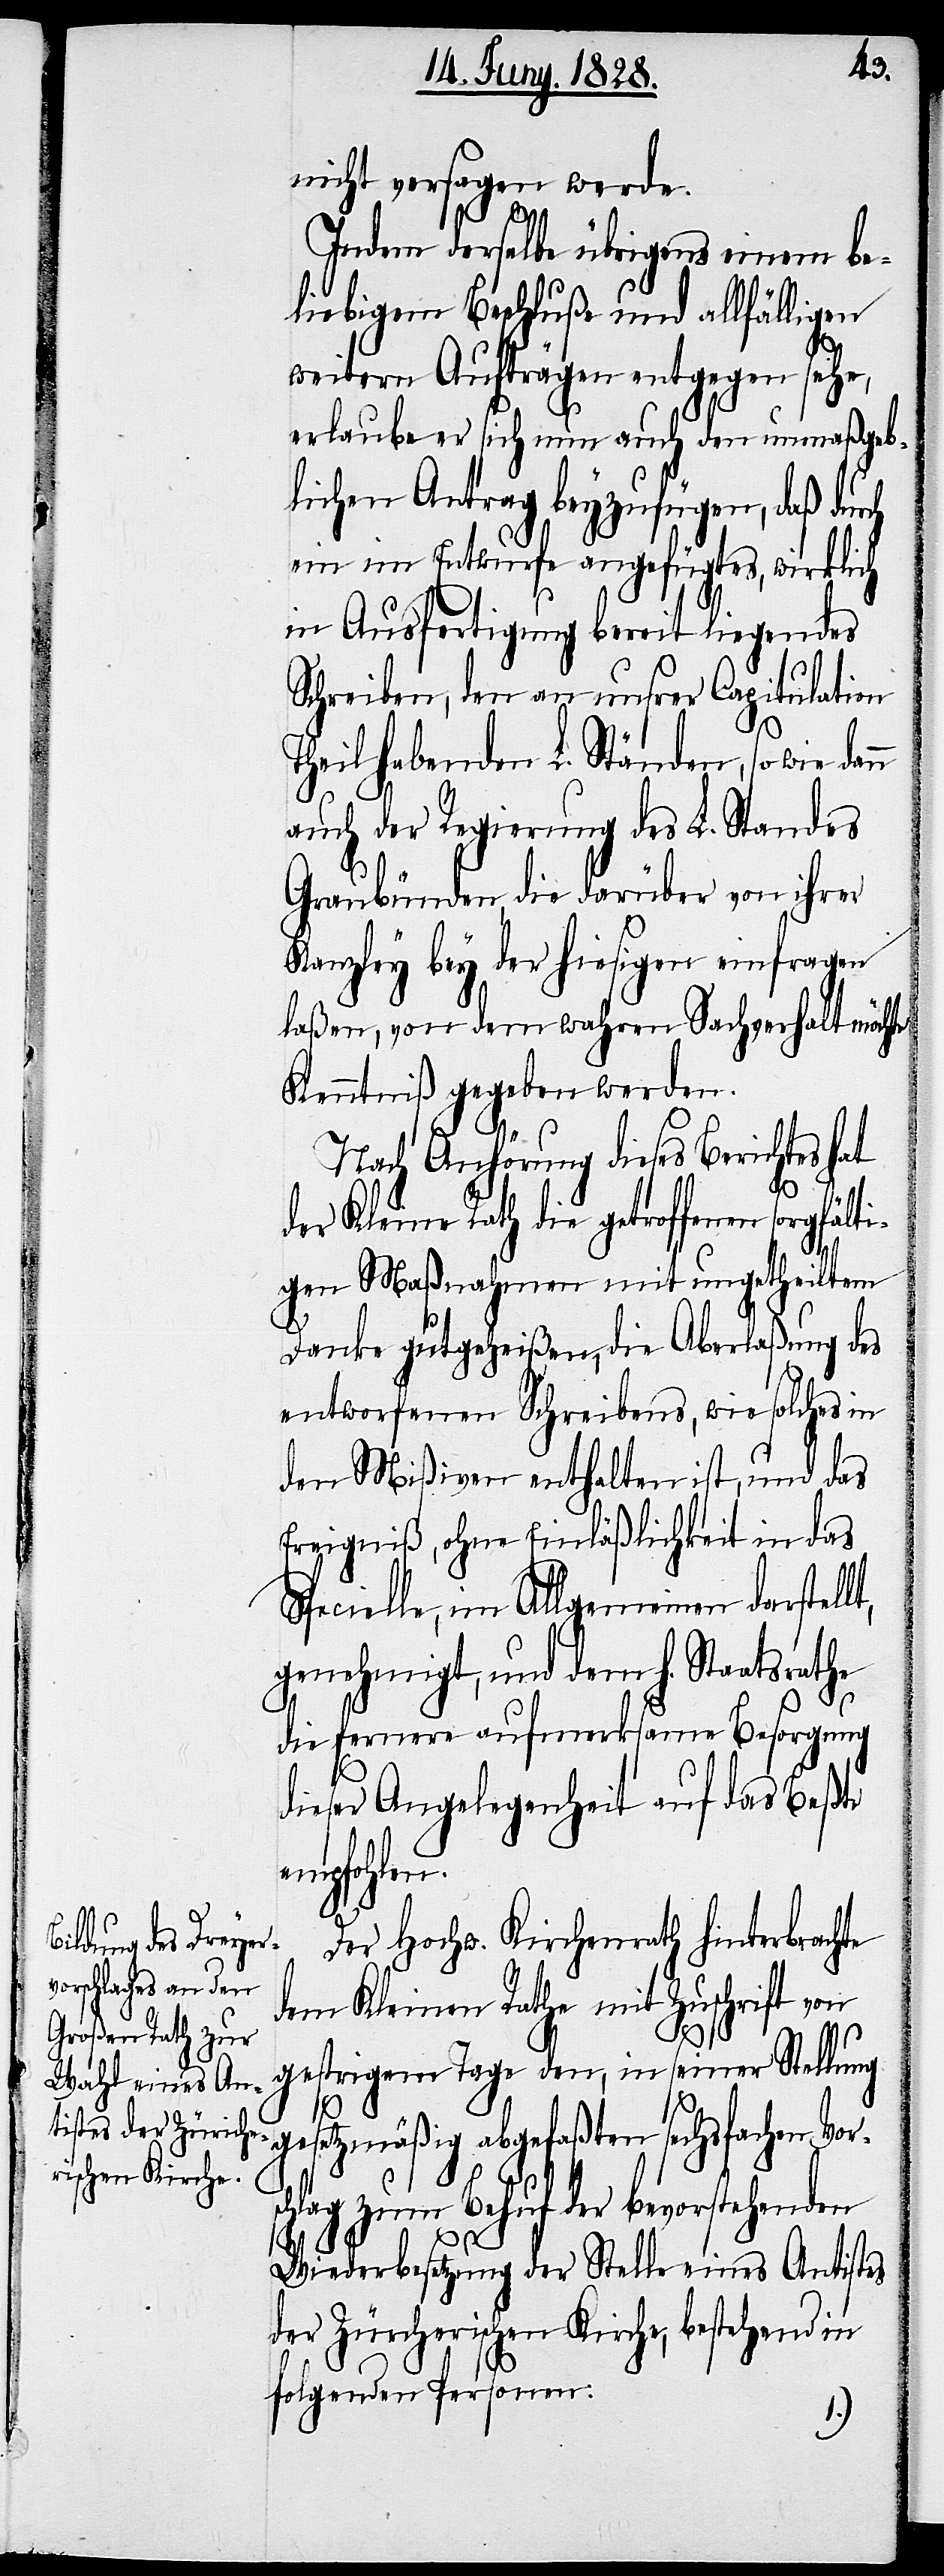
nicht versagen werde.
Indem derselbe übrigens einem be¬
liebigem Beschluße und allfälligen
weitern Aufträgen entgegen sehe,
erlaube er sich nun auch den unmaßgeb¬
lichen Antrag beyzufügen, daß dur¬
ein im Entwurfe angefügtes, wirklich
in Ausfertigung bereit liegendes
Schreiben, den an unsrer Capitulation
Theilhabenden L. Ständen, so wie dan¬
n
auch der Regierung des L. Standes
Graubünden, die darüber von ihrer
Kanzley bey der hiesigen einfragen
laßen, von dem wahren Sachverhalt möchte
Kenntniß gegeben werden.
Nach Anhörung dieses Berichtes hat
der Kleine Rath die getroffenen sorgfälti¬
c¬
gen Maßnahmen mit ungetheiltem
Danke gutgeheißen, die Aberlaßung des
entworfenen Schreibens, wie solches in
den Mißiven enthalten ist, und das
Ereigniß, ohne Einläßlichkeit in das
Specielle, im Allgemeinen darstell¬
genehmigt, und dem h. Staatsrathe
die fernere aufmerksame Besorgung
dieser Angelegenheit auf das Beßte
empfohlen.
Der Hochw. Kirchenrath hinterbrachte
dem Kleinen Rathe mit Zuschrift von
gestrigem Tage den, in seiner Stellung
gesetzmäßig abgefaßten sechsfachen Vors¬
hlag zum Behuf der bevorstehenden
Wiederbesetzung der Stelle eines Antistes
der Züricherischen Kirche, bestehend in
folgenden Personen: